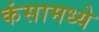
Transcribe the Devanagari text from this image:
कंसामध्ये